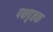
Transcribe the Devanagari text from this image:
पक्षपृष्ठक